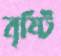
বৃষ্টি